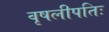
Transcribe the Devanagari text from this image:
वृषलीपतिः